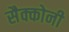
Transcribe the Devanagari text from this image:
सैक्कोनी